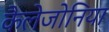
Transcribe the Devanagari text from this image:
कैलेजोनिया